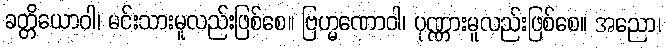
ခတ္တိယောဝါ၊ မင်းသားမူလည်းဖြစ်စေ။ ဗြဟ္မဏောဝါ၊ ပုဏ္ဏားမူလည်းဖြစ်စေ။ အညော၊